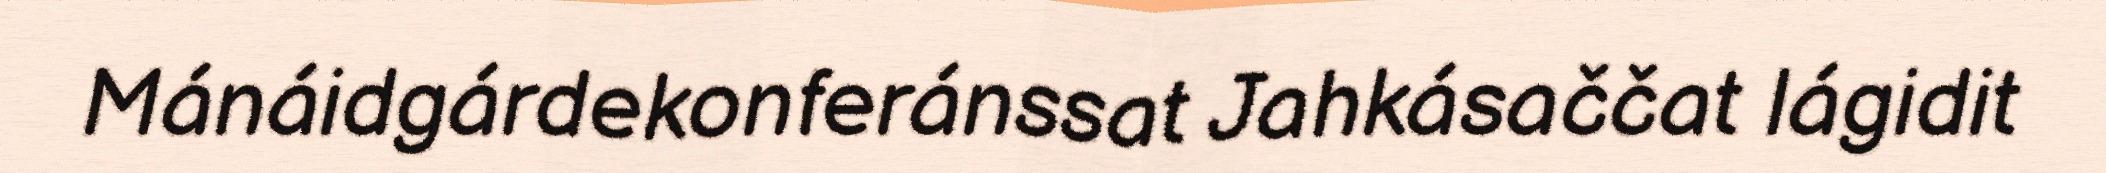
Mánáidgárdekonferánssat Jahkásaččat lágidit